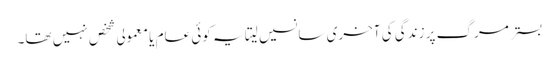
بستر مرگ پر زندگی کی آخری سانسیں لیتا یہ کوئی عام یا معمولی شخص نہیں تھا۔